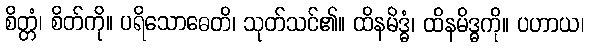
စိတ္တံ၊ စိတ်ကို။ ပရိသောဓေတိ၊ သုတ်သင်၏။ ထိနမိဒ္ဓံ၊ ထိနမိဒ္ဓကို။ ပဟာယ၊